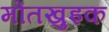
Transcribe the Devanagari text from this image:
मोंतखुइक